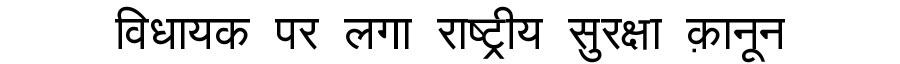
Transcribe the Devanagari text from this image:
विधायक पर लगा राष्ट्रीय सुरक्षा क़ानून